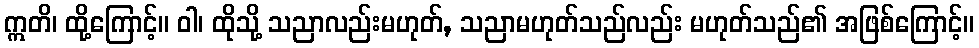
ဣတိ၊ ထို့ကြောင့်။ ဝါ၊ ထိုသို့ သညာလည်းမဟုတ်, သညာမဟုတ်သည်လည်း မဟုတ်သည်၏ အဖြစ်ကြောင့်။